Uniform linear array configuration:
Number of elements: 8
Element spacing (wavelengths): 0.5
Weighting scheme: hann
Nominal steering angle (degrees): -60
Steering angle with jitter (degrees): -61.992
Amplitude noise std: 0.05
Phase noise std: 0.05

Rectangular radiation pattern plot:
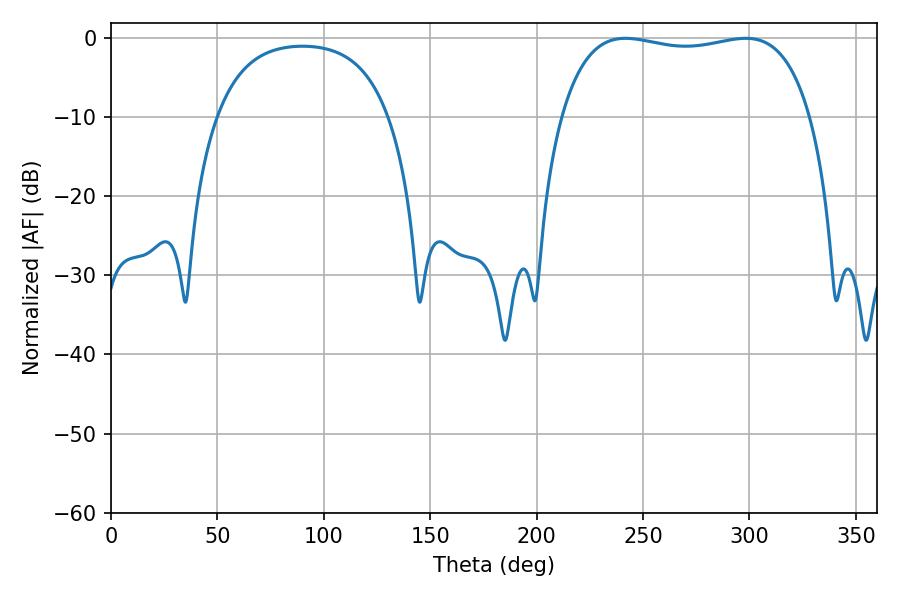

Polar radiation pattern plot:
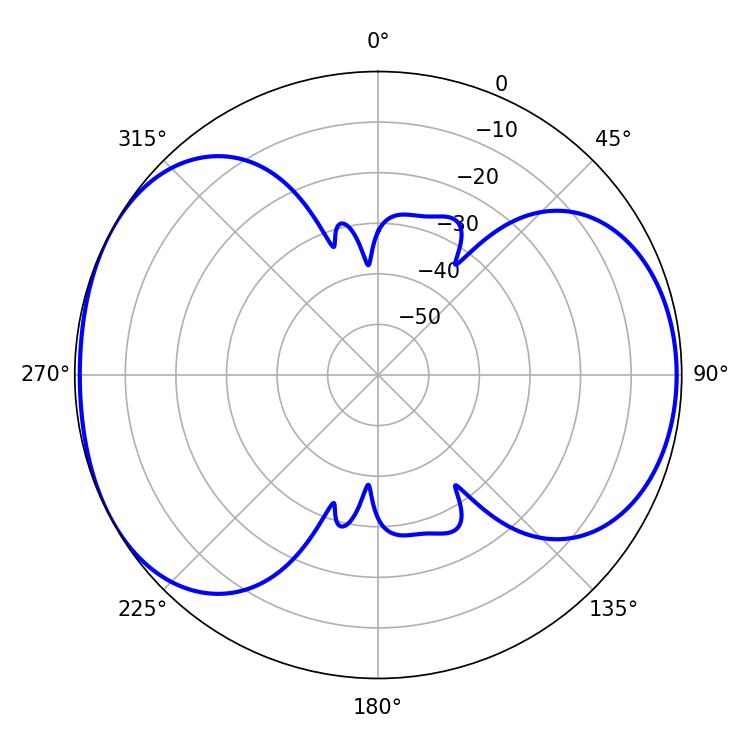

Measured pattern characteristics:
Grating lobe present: FALSE
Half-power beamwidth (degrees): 94.68
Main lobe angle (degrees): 241.74